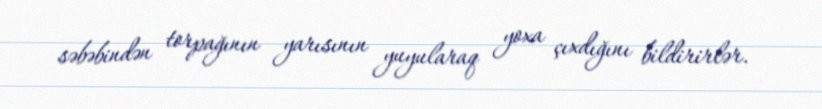
səbəbindən torpağının yarısının yuyularaq yoxa çıxdığını bildirirlər.